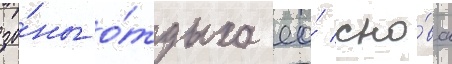
зо́ны о́тдыха ео́ сно́ва